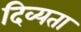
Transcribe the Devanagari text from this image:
दिव्‍यता